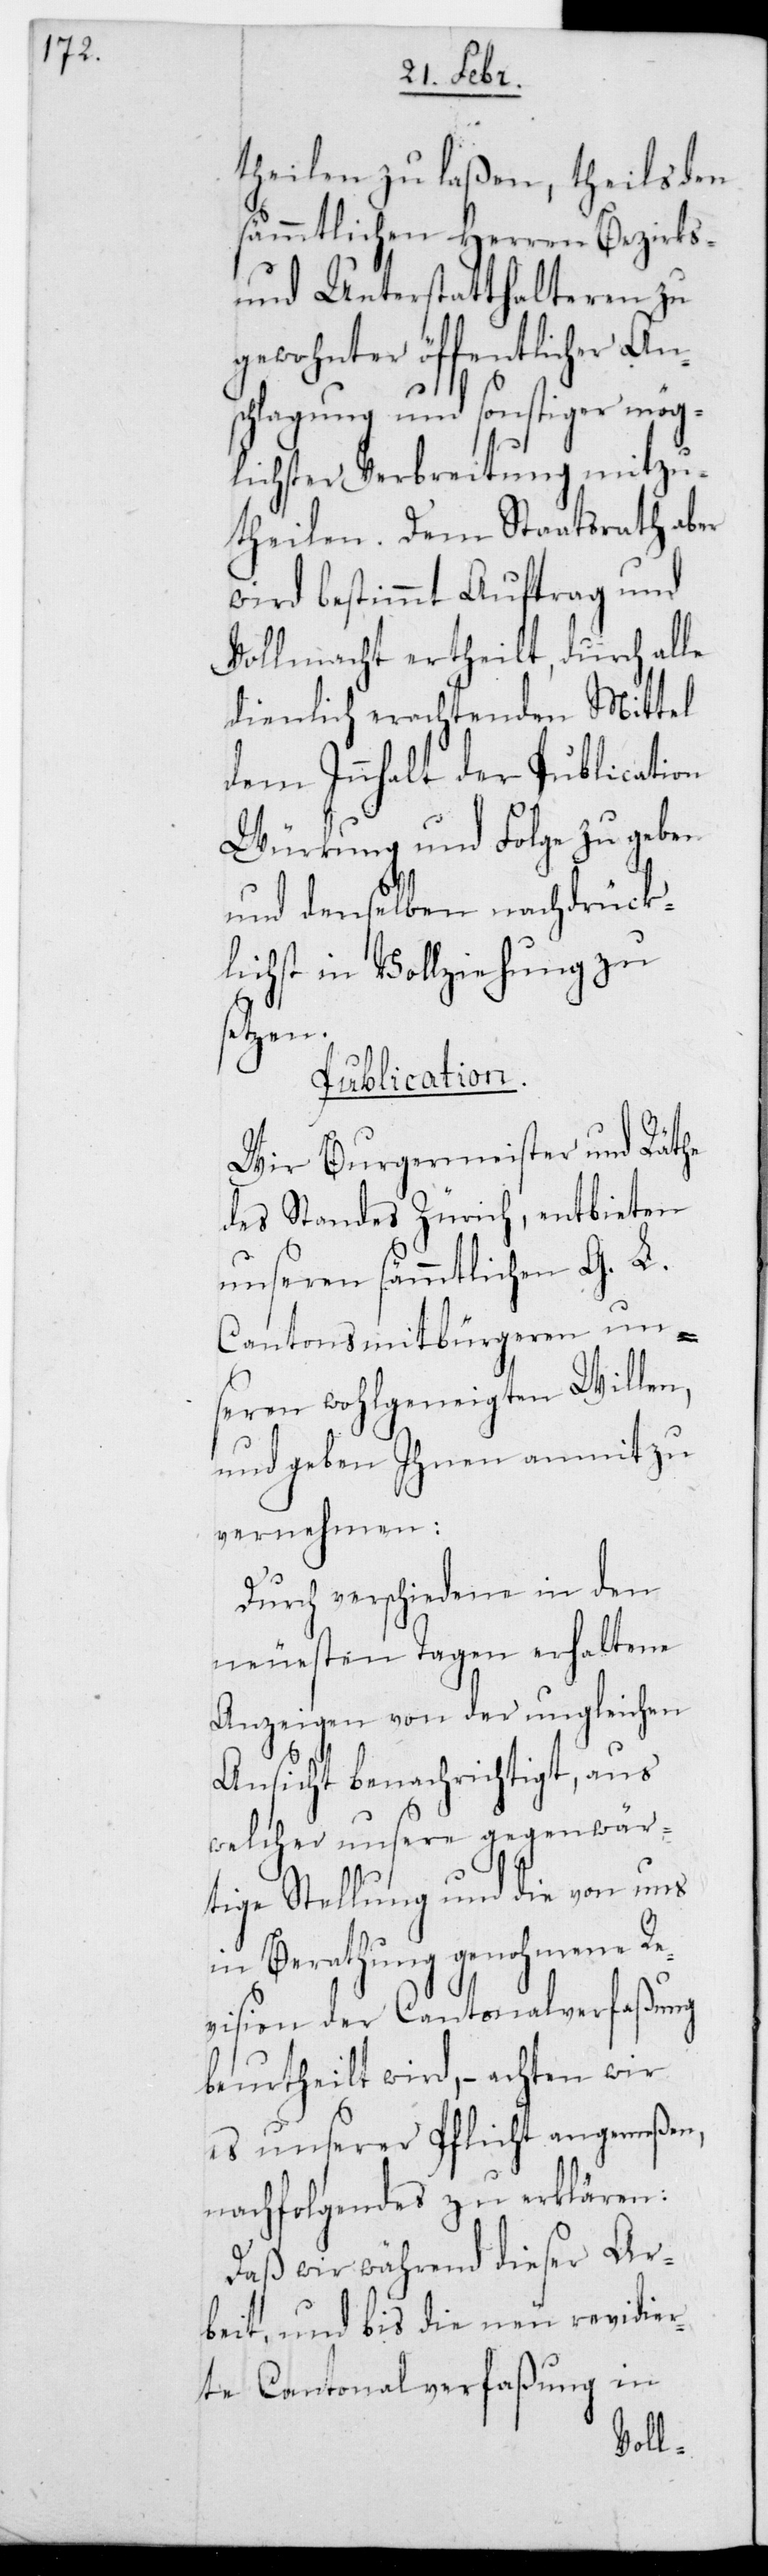
theilen zu laßen, theils den
sämmtlichen Herren Bezirks-
und Unterstatthalteren zu
gewohnter öffentlicher An¬
schlagung und sonstiger mög¬
lichster Verbreitung mitzu¬
theilen. Dem Staatsrath aber
wird bestimmt Auftrag und
Vollmacht ertheilt, durch alle
dienlich erachtenden Mittel
dem Innhalt der Publication
Würkung und Folge zu geben
und denselben nachdrück¬
lichst in Vollziehung zu
setzen.
Publication.
Wir Burgermeister und Räthe
des Standes Zürich, entbieten
unseren sämmtlichen G. L.
Cantonsmitbürgeren un¬
seren wohlgemeinten Willen,
und geben hnen anmit zu
vernehmen:
Durch verschiedene in
neuesten Tagen erhaltene
Anzeigen von der ungleichen
Ansicht benachrichtigt, aus
welcher unsere gegenwär¬
tige Stellung und die von uns
in Berathung genohmene R¬
evision der Cantonalverfaßung
beurtheilt wird, – achten wir
es unserer Pflicht angemeßen,
nachfolgendes zu erklären:
Daß wir während dieser Ar¬
beit und bis die neu revidier¬
te Cantonalverfaßung in